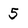
Character: 5